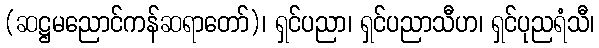
(ဆဋ္ဌမညောင်ကန်ဆရာတော်)၊ ရှင်ပညာ၊ ရှင်ပညာသီဟ၊ ရှင်ပုညရံသီ၊